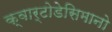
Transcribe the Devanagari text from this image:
क्वार्टोडेसिमानो